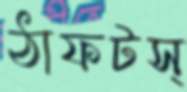
ঠাফটস্